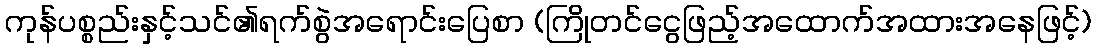
ကုန်ပစ္စည်းနှင့်သင်၏ရက်စွဲအရောင်းပြေစာ (ကြိုတင်ငွေဖြည့်အထောက်အထားအနေဖြင့်)